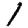
Digit: 1